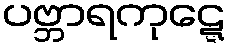
ပဗ္ဘာရကုဋ္ဋေ